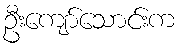
ဦးကျော်သောင်းက